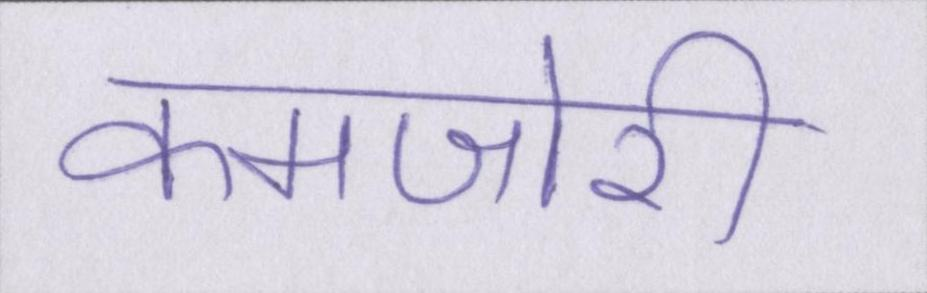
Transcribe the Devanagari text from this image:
कमजोरी